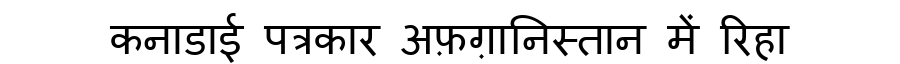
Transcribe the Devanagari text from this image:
कनाडाई पत्रकार अफ़ग़ानिस्तान में रिहा